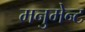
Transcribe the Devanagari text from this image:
मनुमेन्ट